Indian journal of veterinary science and animal husbandry - Volumes 24-25, 1954-1955
Year: 1954
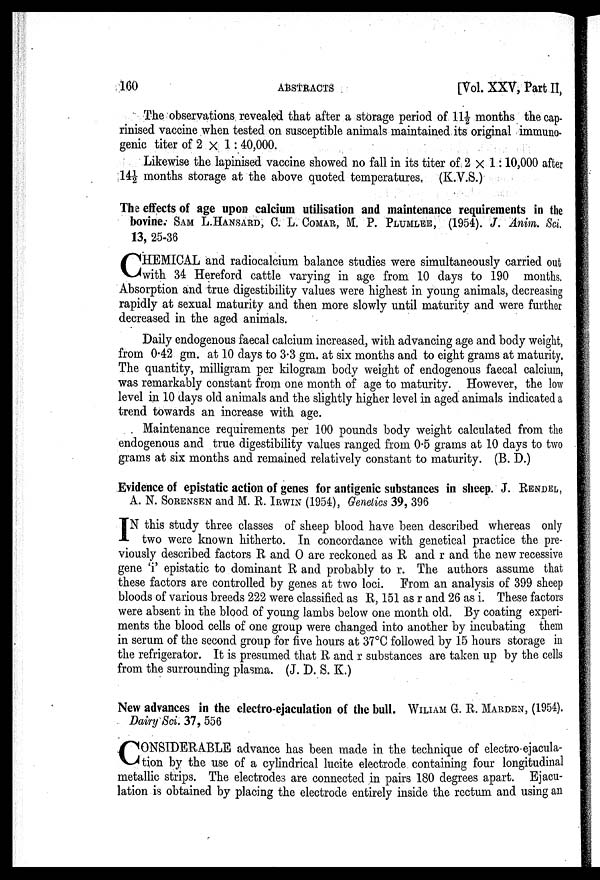
160
ABSTRACTS
[Vol. XXV, Part II,
The observations revealed that after a storage period of 11½ months the cap-
rinised vaccine when tested on susceptible animals maintained its original immuno-
genic titer of 2 × 1: 40,000.
Likewise the lapinised vaccine showed no fall in its titer of 2 X 1 : 10,000 after
14½ months storage at the above quoted temperatures. (K.V.S.)
The effects of age upon calcium utilisation and maintenance requirements in the
bovine. SAM L.HANSARD, C. L. COMAR, M. P. PLUMLEE, (1954). J. Anim. Sci.
13, 25-36
C HEMICAL and radiocalcium balance studies were simultaneously carried out
with 34 Hereford cattle varying in age from 10 days to 190 months.
Absorption and true digestibility values were highest in young animals, decreasing
rapidly at sexual maturity and then more slowly until maturity and were further
decreased in the aged animals.
Daily endogenous faecal calcium increased, with advancing age and body weight,
from 0.42 gm. at 10 days to 3.3 gm. at six months and to eight grams at maturity.
The quantity, milligram per kilogram body weight of endogenous faecal calcium,
was remarkably constant from one month of age to maturity. However, the low
level in 10 days old animals and the slightly higher level in aged animals indicated a
trend towards an increase with age.
Maintenance requirements per 100 pounds body weight calculated from the
endogenous and true digestibility values ranged from 0.5 grams at 10 days to two
grams at six months and remained relatively constant to maturity. (B. D.)
Evidence of epistatic action of genes for antigenic substances in sheep. J. RENDEL,
A. N. SORENSEN and M. R. IRWIN (1954), Genetics 39, 396
I N this study three classes of sheep blood have been described whereas only
two were known hitherto. In concordance with genetical practice the pre-
viously described factors R and O are reckoned as R and r and the new recessive
gene 'i' epistatic to dominant R and probably to r. The authors assume that
these factors are controlled by genes at two loci. From an analysis of 399 sheep
bloods of various breeds 222 were classified as R, 151 as r and 26 as i. These factors
were absent in the blood of young lambs below one month old. By coating experi-
ments the blood cells of one group were changed into another by incubating them
in serum of the second group for five hours at 37°C followed by 15 hours storage in
the refrigerator. It is presumed that R and r substances are taken up by the cells
from the surrounding plasma. (J. D. S. K.)
New advances in the electro-ejaculation of the bull. WILIAM G. R.
MARDEN,(19
Dairy Sci. 37, 556
C ONSIDERABLE advance has been made in the technique of electro-ejacula-
tion by the use of a cylindrical lucite electrode containing four longitudinal
metallic strips. The electrodes are connected in pairs 180 degrees apart. Ejacu-
lation is obtained by placing the electrode entirely inside the rectum and using an